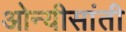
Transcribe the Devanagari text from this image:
ओन्यीसांती